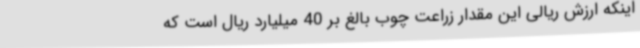
اینکه ارزش ریالی این مقدار زراعت چوب بالغ بر 40 میلیارد ریال است که